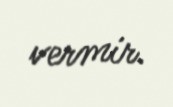
vermir.